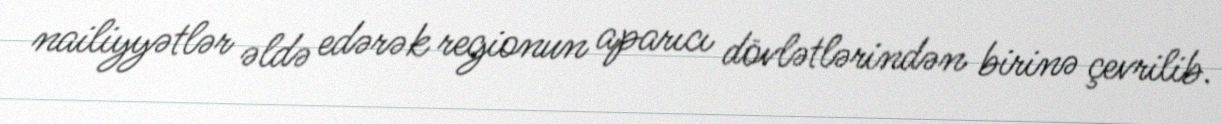
nailiyyətlər əldə edərək regionun aparıcı dövlətlərindən birinə çevrilib.